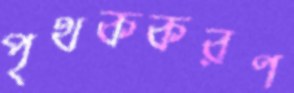
পৃথককরণ